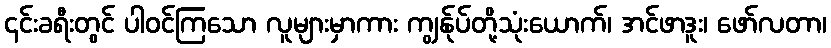
၎င်းခရီးတွင် ပါဝင်ကြသော လူများမှာကား ကျွန်ုပ်တို့သုံးယောက်၊ အင်ဖာဒူး၊ ဖော်လတာ၊